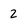
Character: 2